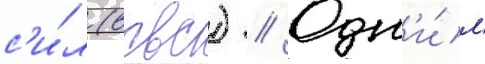
с'и́л (всвс) // Одн'и́м